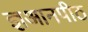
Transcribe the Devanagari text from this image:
ज्ञआनपीठ